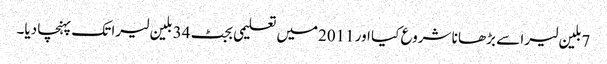
7بلین لیرا سے بڑھا نا شروع کیا اور 2011میں تعلیمی بجٹ 34 بلین لیرا تک پہنچا دیا۔